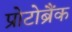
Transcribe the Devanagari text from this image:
प्रोटोब्रैंक